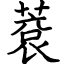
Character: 蔉